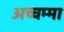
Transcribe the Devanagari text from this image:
अच्चम्मा